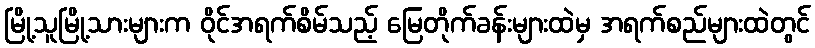
မြို့သူမြို့သားများက ဝိုင်အရက်စိမ်သည့် မြေတိုက်ခန်းများထဲမှ အရက်စည်များထဲတွင်